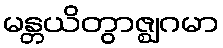
မန္တယိတွာဇ္ဈဂမာ